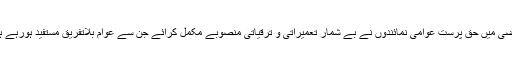
ماضی میں حق پرست عوامی نمائندوں نے بے شمار تعمیراتی و ترقیاتی منصوبے مکمل کرائے جن سے عوام بلاتفریق مستفید ہورہے ہیں۔